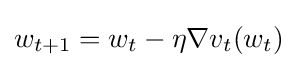
w_{t+1}=w_{t}-\eta \nabla v_{t}(w_{t})